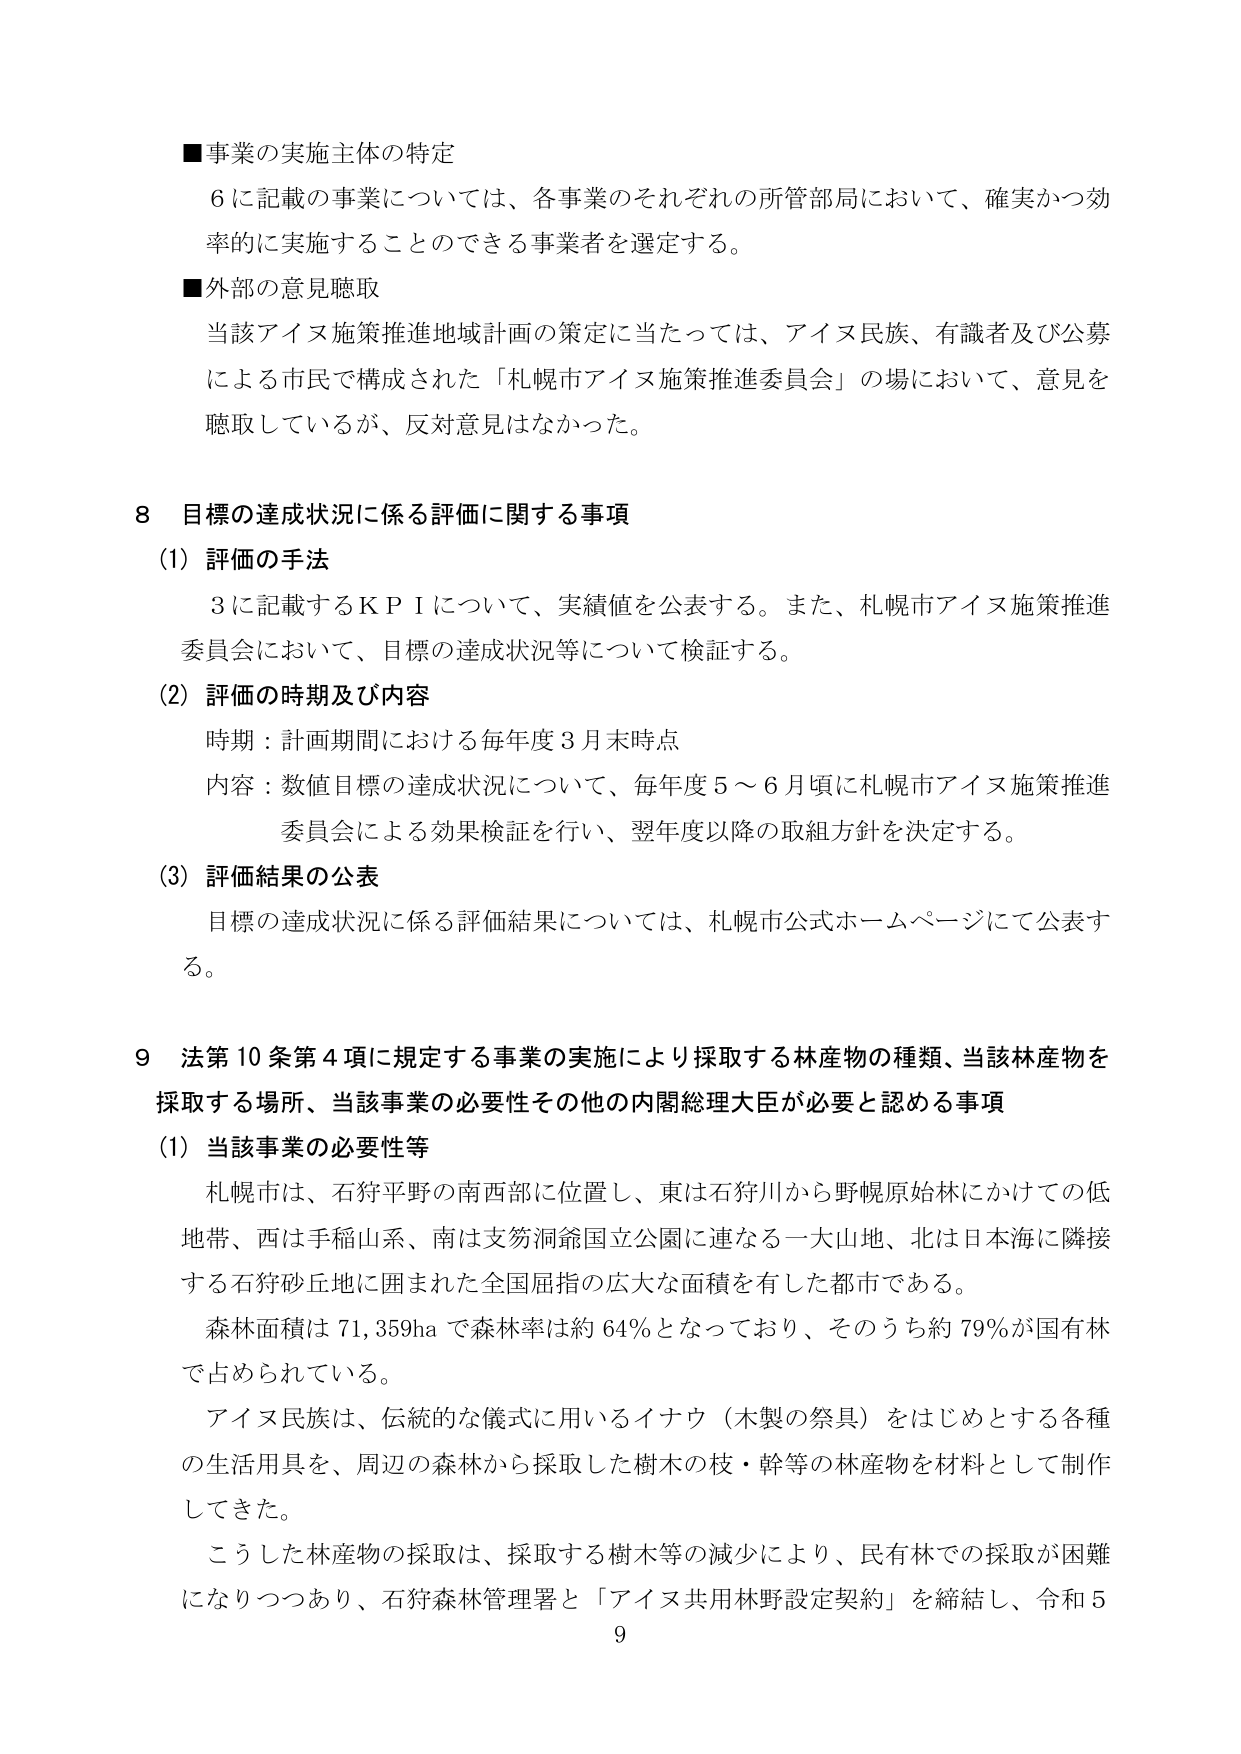
■事業の実施主体の特定
6に記載の事業については、各事業のそれぞれの所管部局において、確実かつ効率的に実施することのできる事業者を選定する。

■外部の意見聴取
当該アイヌ施策推進地域計画の策定に当たっては、アイヌ民族、有識者及び公募による市民で構成された「札幌市アイヌ施策推進委員会」の場において、意見を聴取しているが、反対意見はなかった。

8 目標の達成状況に係る評価に関する事項
(1) 評価の手法
3に記載するＫＰＩについて、実績値を公表する。また、札幌市アイヌ施策推進委員会において、目標の達成状況等について検証する。

(2) 評価の時期及び内容
時期：計画期間における毎年度3月末時点
内容：数値目標の達成状況について、毎年度5～6月頃に札幌市アイヌ施策推進委員会による効果検証を行い、翌年度以降の取組方針を決定する。

(3) 評価結果の公表
目標の達成状況に係る評価結果については、札幌市公式ホームページにて公表する。

9 法第10条第4項に規定する事業の実施により採取する林産物の種類、当該林産物を採取する場所、当該事業の必要性その他の内閣総理大臣が必要と認める事項
(1) 当該事業の必要性等
札幌市は、石狩平野の南西部に位置し、東は石狩川から野幌原始林にかけての低地帯、西は手稲山系、南は支笏洞爺国立公園に連なる一大山地、北は日本海に隣接する石狩砂丘地に囲まれた全国屈指の広大な面積を有した都市である。
森林面積は71,359haで森林率は約64％となっており、そのうち約79％が国有林で占められている。
アイヌ民族は、伝統的な儀式に用いるイナウ（木製の祭具）をはじめとする各種の生活用具を、周辺の森林から採取した樹木の枝・幹等の林産物を材料として制作してきた。
こうした林産物の採取は、採取する樹木等の減少により、民有林での採取が困難になりつつあり、石狩森林管理署と「アイヌ共用林野設定契約」を締結し、令和5

9